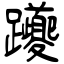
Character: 躨